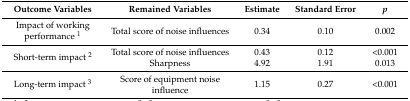
<table><thead><tr><td><b>Outcome Variables</b></td><td><b>Remained Variables</b></td><td><b>Estimate</b></td><td><b>Standard Error</b></td><td><b><i>p</i></b></td></tr></thead><tbody><tr><td>Impact of working performance <sup>1</sup></td><td>Total score of noise influences</td><td>0.34</td><td>0.10</td><td>0.002</td></tr><tr><td rowspan="2">Short-term impact <sup>2</sup></td><td>Total score of noise influences</td><td>0.43</td><td>0.12</td><td>&lt;0.001</td></tr><tr><td>Sharpness</td><td>4.92</td><td>1.91</td><td>0.013</td></tr><tr><td>Long-term impact <sup>3</sup></td><td>Score of equipment noise influence</td><td>1.15</td><td>0.27</td><td>&lt;0.001</td></tr></tbody></table>